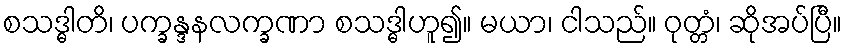
စသဒ္ဓါတိ၊ ပက္ခန္ဒနလက္ခဏာ စသဒ္ဓါဟူ၍။ မယာ၊ ငါသည်။ ဝုတ္တံ၊ ဆိုအပ်ပြီ။